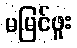
မမြင်ဖူး